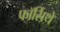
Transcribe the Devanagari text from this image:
फॉर्सिथे